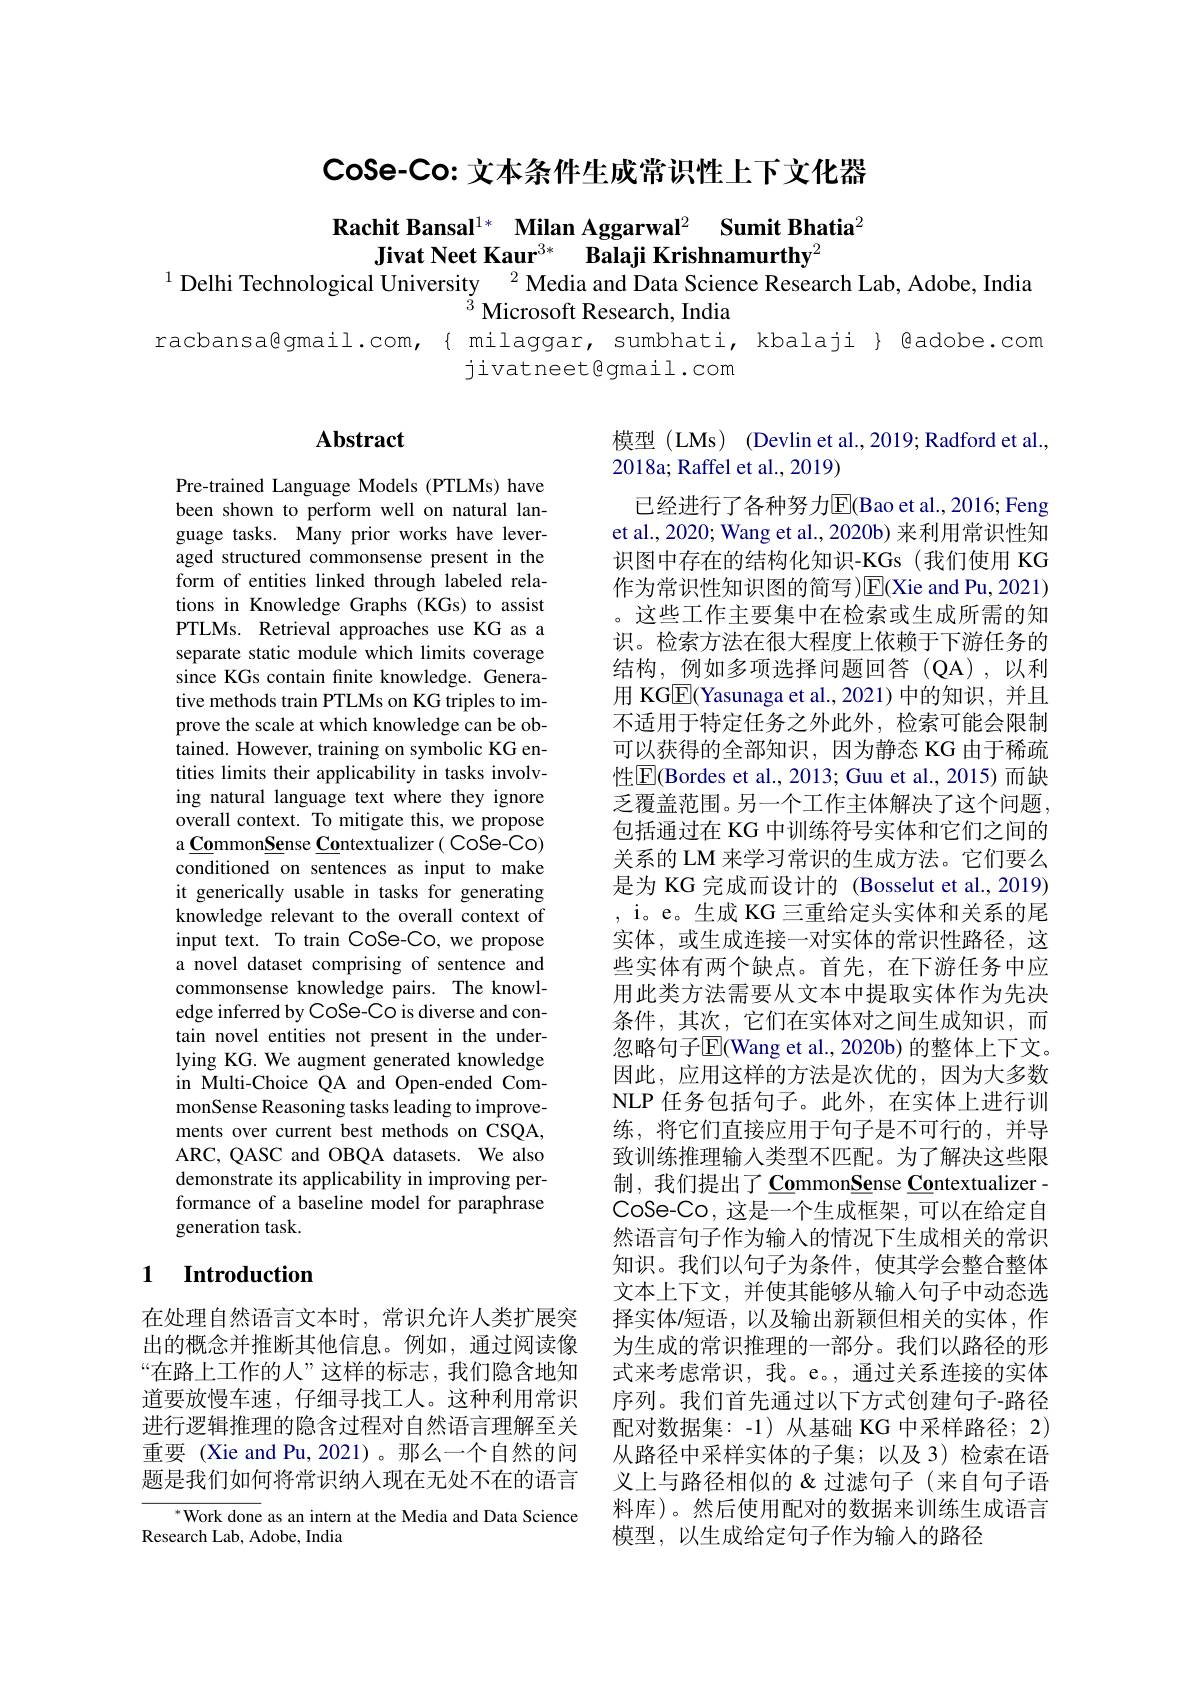
CoSe-Co: 文本条件生成常识性上下文化器

Rachit Bansal$^{1*}$ Milan Aggarwal$^{2}$ Sumit Bhatia$^{2}$
Jivat Neet Kaur$^{3* }$ Balaji Krishnamurthy$^{2}$
$^{1}$ Delhi Technological University $^{2}$ Media and Data Science Research Lab, Adobe, India

$^{5}$ Microsoft Research, India
racbansa@gmail.com,{ milaggar, sumbhati, kbalaji{ Qadobe.com
jivatneet@gmail.com

# Abstract

模型 (LMs) (Devlin et al.,2019; Radford et al.,
2018a; Raffel et al., 2019)

Pre-trained Language Models (PTLMs) have been shown to perform well on natural language tasks. Many prior works have leveraged structured commonsense present in the form of entities linked through labeled relations in Knowledge Graphs (KGs) to assist PTLMs. Retrieval approaches use KG as a separate static module which limits coverage since KGs contain finite knowledge. Generative methods train PTLMs on KG triples to improve the scale at which knowledge can be obtained. However, training on symbolic KG entities limits their applicability in tasks involving natural language text where they ignore overall context. To mitigate this, we propose a CommonSense Contextualizer ( CoSe-Co) conditioned on sentences as input to make it generically usable in tasks for generating knowledge relevant to the overall context of input text. To train CoSe-Co, we propose a novel dataset comprising of sentence and commonsense knowledge pairs. The knowledge inferred by CoSe-Co is diverse and contain novel entities not present in the underlying KG. We augment generated knowledge in Multi-Choice QA and Open-ended CommonSense Reasoning tasks leading to improvements over current best methods on CSQA, ARC, QASC and OBQA datasets. We also demonstrate its applicability in improving performance of a baseline model for paraphrase generation task.

已经进行了各种努力$\overline{\mathrm{E}}($Bao et al., 2016; Feng et al., 2020; Wang et al., 2020b) 来利用常识性知识图中存在的结构化知识-KGs(我们使用 KG 作为常识性知识图的简写)E(Xie and Pu, 2021) 。这些工作主要集中在检索或生成所需的知识。检索方法在很大程度上依赖于下游任务的结构，例如多项选择问题回答(QA),以利用 KGE(Yasunaga et al.,2021)中的知识，并且不适用于特定任务之外此外，检索可能会限制可以获得的全部知识，因为静态 KG 由于稀疏性$\boxed{\mathrm{F}}$(Bordes et al., 2013; Guu et al., 2015)而缺乏覆盖范围。另一个工作主体解决了这个问题， 包括通过在 KG 中训练符号实体和它们之间的关系的 LM 来学习常识的生成方法。它们要么是为 KG 完成而设计的 (Bosselut et al., 2019) , i。e。生成 KG 三重给定头实体和关系的尾实体，或生成连接一对实体的常识性路径，这些实体有两个缺点。首先，在下游任务中应用此类方法需要从文本中提取实体作为先决条件，其次，它们在实体对之间生成知识，而忽略句子$\overline{\mathrm{E}}($Wang et al., 2020b) 的整体上下文。因此，应用这样的方法是次优的，因为大多数NLP 任务包括句子。此外，在实体上进行训练，将它们直接应用于句子是不可行的，并导致训练推理输入类型不匹配。为了解决这些限制 , 我们提出了 CommonSense Contextualizer - CoSe-Co,这是一个生成框架，可以在给定自然语言句子作为输入的情况下生成相关的常识知识。我们以句子为条件，使其学会整合整体文本上下文，并使其能够从输入句子中动态选择实体/短语，以及输出新颖但相关的实体，作为生成的常识推理的一部分。我们以路径的形式来考虑常识，我。e。,通过关系连接的实体序列。我们首先通过以下方式创建句子-路径配对数据集：-1)从基础 KG 中采样路径；2) 从路径中采样实体的子集；以及 3)检索在语义上与路径相似的&过滤句子(来自句子语料库)。然后使用配对的数据来训练生成语言模型，以生成给定句子作为输人的路径

## 1 Introduction

在处理自然语言文本时，常识允许人类扩展突出的概念并推断其他信息。例如，通过阅读像“在路上工作的人”这样的标志，我们隐含地知道要放慢车速，仔细寻找工人。这种利用常识进行逻辑推理的隐含过程对自然语言理解至关重要 (Xie and Pu, 2021)。那么一个自然的问题是我们如何将常识纳人现在无处不在的语言

Work done as an intern at the Media and Data Science
Research Lab, Adobe, India